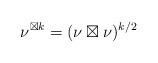
LaTeX: \begin{align*}\nu^{\boxtimes k}=(\nu\boxtimes\nu)^{k/2}\end{align*}